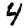
Digit: 4